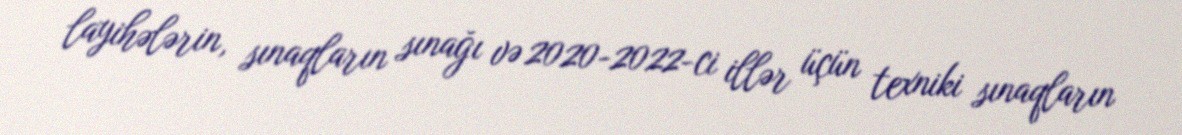
layihələrin, sınaqların sınağı və 2020-2022-ci illər üçün texniki sınaqların